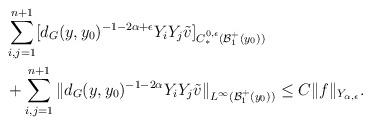
LaTeX: \begin{align*}&\sum\limits_{i,j=1}^{n+1}[d_G(y,y_0)^{-1-2\alpha+\epsilon}Y_i Y_j \tilde{v}]_{C^{0,\epsilon}_\ast(\mathcal{B}_1^+(y_0))} \\&+ \sum\limits_{i,j=1}^{n+1}\|d_G(y,y_0)^{-1-2\alpha}Y_i Y_j \tilde{v}\|_{L^{\infty}(\mathcal{B}_1^+(y_0))} \leq C\|f\|_{Y_{\alpha,\epsilon}}.\end{align*}